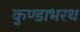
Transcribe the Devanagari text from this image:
कुण्डाभरथ